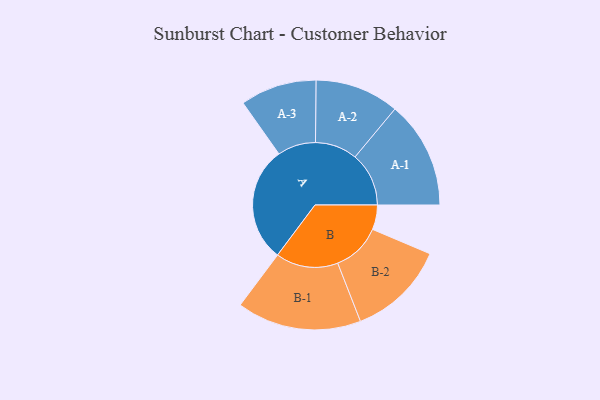
{"axis": {"x": "Segment", "y": "Value"}, "legend": ["", "A", "B"], "data": [{"x": "A", "y": 475, "type": ""}, {"x": "B", "y": 101, "type": ""}, {"x": "A-1", "y": 221, "type": "A"}, {"x": "A-2", "y": 173, "type": "A"}, {"x": "A-3", "y": 157, "type": "A"}, {"x": "B-1", "y": 256, "type": "B"}, {"x": "B-2", "y": 201, "type": "B"}]}